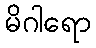
မိဂါရော